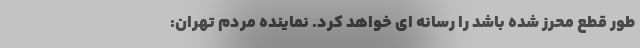
طور قطع محرز شده باشد را رسانه ای خواهد کرد. نماینده مردم تهران: